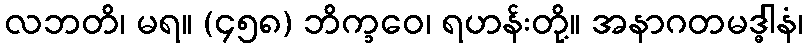
လဘတိ၊ မရ။ (၄၅၈) ဘိက္ခဝေ၊ ရဟန်းတို့။ အနာဂတမဒ္ဓါနံ၊